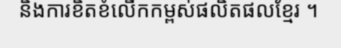
និងការខិតខំលើកកម្ពស់ផលិតផលខ្មែរ ។